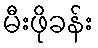
မီးဖိုခန်း